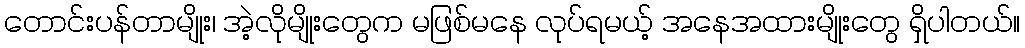
တောင်းပန်တာမျိုး၊ အဲ့လိုမျိုးတွေက မဖြစ်မနေ လုပ်ရမယ့် အနေအထားမျိုးတွေ ရှိပါတယ်။